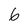
Character: 6